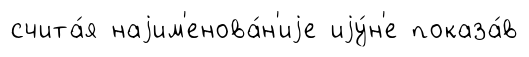
счита́я наjим'енова́н'иjе иjу́н'е показа́в